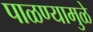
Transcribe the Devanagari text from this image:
पाळण्यामुळे